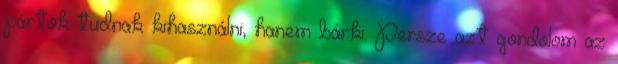
pártok tudnak kihasználni, hanem bárki. Persze azt gondolom az